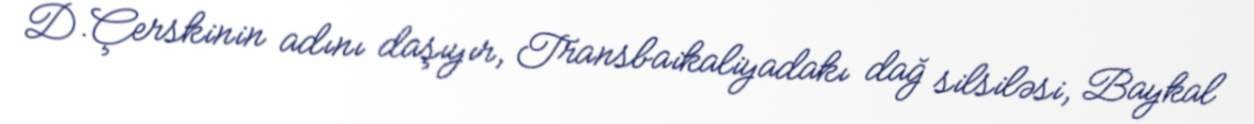
D.Çerskinin adını daşıyır, Transbaikaliyadakı dağ silsiləsi, Baykal